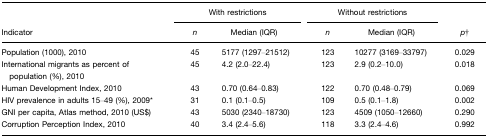
|  | <COLSPAN=2> With restrictions | <COLSPAN=2> Without restrictions |  |
 | Indicator | n | Median (IQR) | n | Median (IQR) | p† |
 | --- | --- | --- | --- | --- | --- |
 | Population (1000), 2010 | 45 | 5177 (1297–21512) | 123 | 10277 (3169–33797) | 0.029 |
 | International migrants as percent of population (%), 2010 | 45 | 4.2 (2.0–22.4) | 123 | 2.9 (0.2–10.0) | 0.018 |
 | Human Development Index, 2010 | 43 | 0.70 (0.64–0.83) | 122 | 0.70 (0.48–0.79) | 0.069 |
 | HIV prevalence in adults 15–49 (%), 2009* | 31 | 0.1 (0.1–0.5) | 109 | 0.5 (0.1–1.8) | 0.002 |
 | GNI per capita, Atlas method, 2010 (US$) | 43 | 5030 (2340–18730) | 123 | 4509 (1050–12660) | 0.290 |
 | Corruption Perception Index, 2010 | 40 | 3.4 (2.4–5.6) | 118 | 3.3 (2.4–4.6) | 0.992 |